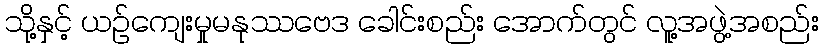
သို့နှင့် ယဉ်ကျေးမှုမနုဿဗေဒ ခေါင်းစည်း အောက်တွင် လူ့အဖွဲ့အစည်း